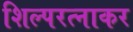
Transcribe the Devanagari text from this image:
शिल्परत्नाकर